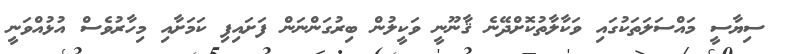
ސިޔާސީ މައްސަލަތަކުގައި ވަކާލާތުކޮށްދޭނެ ޤާނޫނީ ވަކީލުން ބިރުގަންނަން ފަށައިފި ކަމަށާއި މިހާރުވެސް އުޅުއްވަނީ